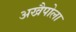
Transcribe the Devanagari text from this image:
अखैपोला